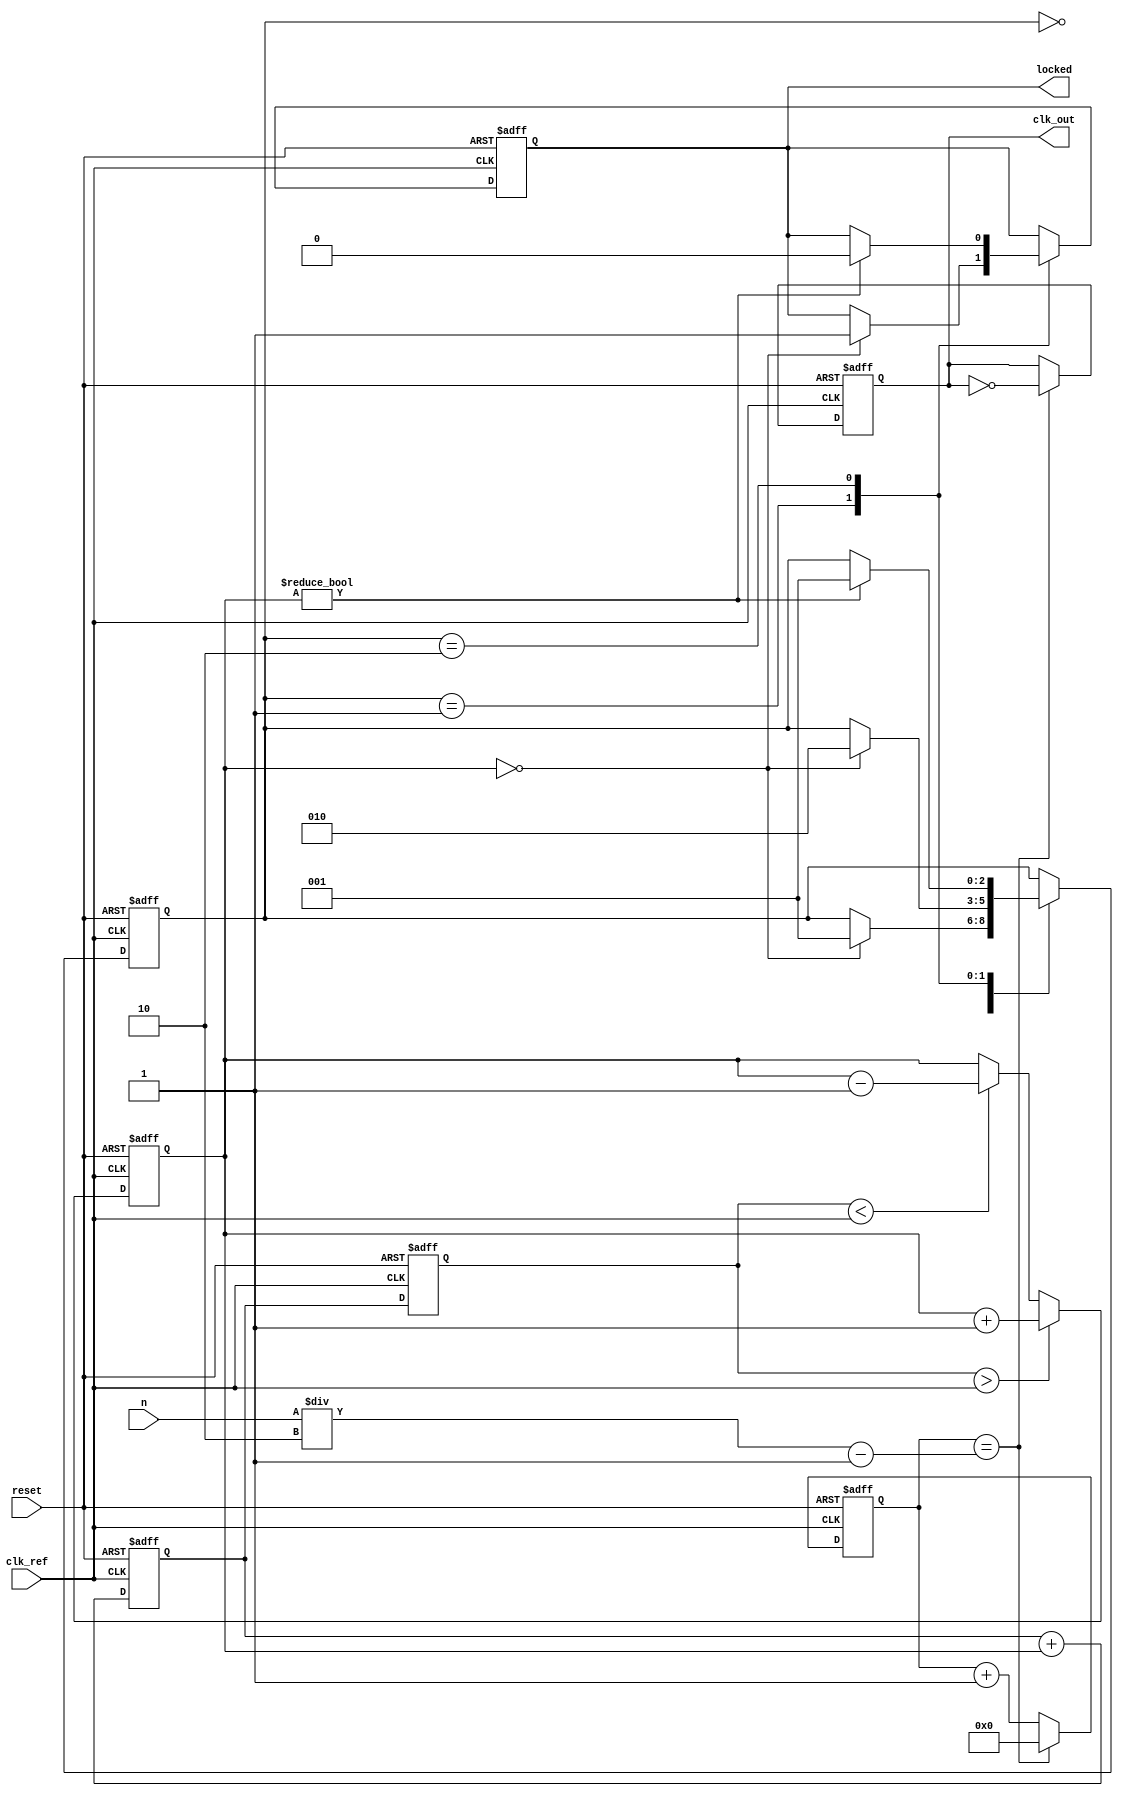
module integer_n_pll (
    input wire clk_ref,           // Reference clock input
    input wire reset,             // Reset signal
    input wire [7:0] n,           // Programmable integer division factor
    output reg clk_out,           // Output clock
    output reg locked             // Lock status
);

    // Internal signals
    reg [7:0] phase_error;        // Phase error signal from PD
    reg [15:0] loop_filter_output; // Output of the loop filter
    reg [15:0] vco_output;        // Output frequency of VCO
    reg [7:0] divider_count;      // Count for input divider
    reg [7:0] output_divider_count; // Count for output divider
    reg [15:0] memory_block [0:3]; // Memory blocks for configuration
    reg [2:0] state;              // State for control logic

    // State definitions
    localparam IDLE = 3'b000;
    localparam LOCKING = 3'b001;
    localparam LOCKED = 3'b010;

    // Phase Detector (PD)
    always @(posedge clk_ref or posedge reset) begin
        if (reset) begin
            phase_error <= 8'b0;
        end else begin
            // Simple phase detection logic (bang-bang)
            if (vco_output > clk_ref) begin
                phase_error <= phase_error + 1; // VCO is leading
            end else if (vco_output < clk_ref) begin
                phase_error <= phase_error - 1; // VCO is lagging
            end
        end
    end

    // Loop Filter (LF)
    always @(posedge clk_ref or posedge reset) begin
        if (reset) begin
            loop_filter_output <= 16'b0;
        end else begin
            // Simple first-order filter
            loop_filter_output <= loop_filter_output + phase_error; // Integrate phase error
        end
    end

    // Voltage-Controlled Oscillator (VCO)
    always @(posedge clk_ref or posedge reset) begin
        if (reset) begin
            vco_output <= 16'b0;
        end else begin
            // Adjust VCO output based on loop filter output
            vco_output <= loop_filter_output; // Simplified VCO behavior
        end
    end

    // Input Divider
    always @(posedge clk_ref or posedge reset) begin
        if (reset) begin
            divider_count <= 8'b0;
        end else begin
            if (divider_count == n - 1) begin
                divider_count <= 8'b0;
            end else begin
                divider_count <= divider_count + 1;
            end
        end
    end

    // Output Divider
    always @(posedge clk_ref or posedge reset) begin
        if (reset) begin
            output_divider_count <= 8'b0;
            clk_out <= 1'b0;
        end else begin
            if (output_divider_count == (n / 2) - 1) begin
                clk_out <= ~clk_out; // Toggle output clock
                output_divider_count <= 8'b0;
            end else begin
                output_divider_count <= output_divider_count + 1;
            end
        end
    end

    // Control Logic
    always @(posedge clk_ref or posedge reset) begin
        if (reset) begin
            state <= IDLE;
            locked <= 1'b0;
        end else begin
            case (state)
                IDLE: begin
                    // Transition to LOCKING state
                    if (phase_error == 0) begin
                        state <= LOCKING;
                    end
                end
                LOCKING: begin
                    // Check if locked
                    if (phase_error == 0) begin
                        state <= LOCKED;
                        locked <= 1'b1;
                    end
                end
                LOCKED: begin
                    // Remain locked
                    if (phase_error != 0) begin
                        state <= LOCKING;
                        locked <= 1'b0;
                    end
                end
            endcase
        end
    end

endmodule